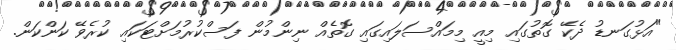
"އަޅުގަނޑު ދެކޭ ގޮތުގައި މިއީ މިމައްސަލައިގައި ގޮތެއް ނިންމުން ފަސްކުރުމަށްޓަކައި ކުރެވޭ ކަންކަން.